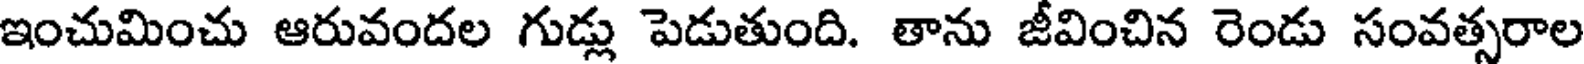
ఇంచుమించు ఆరువందల గుడ్లు పెడుతుంది. తాను జీవించిన రెండు సంవత్సరాల